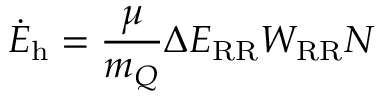
\dot { E } _ { \mathrm { h } } = \frac { \mu } { m _ { Q } } \Delta E _ { \mathrm { R R } } W _ { \mathrm { R R } } N